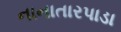
નાનાતારપાડા